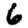
Digit: 6